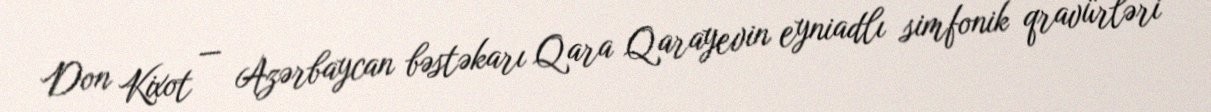
Don Kixot — Azərbaycan bəstəkarı Qara Qarayevin eyniadlı simfonik qravürləri